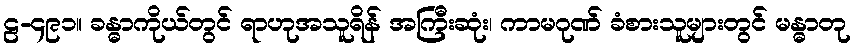
ဠ-၄၉၁။ ခန္ဓာကိုယ်တွင် ရာဟုအသူရိန် အကြီးဆုံး၊ ကာမဂုဏ် ခံစားသူများတွင် မန္ဓာတု